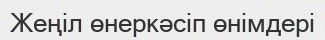
Жеңіл өнеркәсіп өнімдері